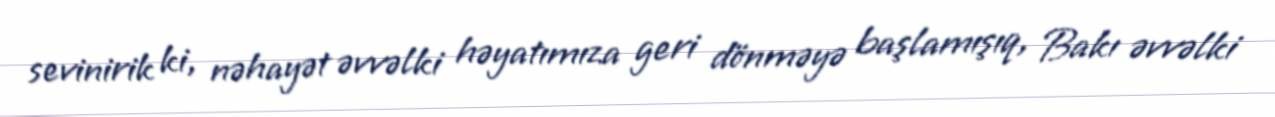
sevinirik ki, nəhayət əvvəlki həyatımıza geri dönməyə başlamışıq, Bakı əvvəlki